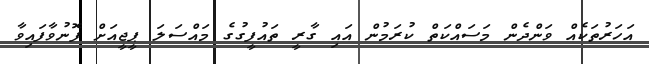
އަހަރުތަކެއް ވަންދެން މަސައްކަތް ކުރަމުން އައި ގާރީ ތައުފީގުގެ މައްސަލަ ޕީޖީއަށް ފޮނުވާފައިވާ